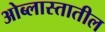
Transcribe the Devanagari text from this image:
ओब्लास्तातील